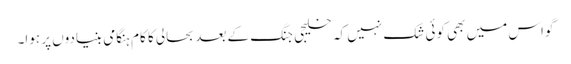
گواس میں بھی کوئی شک نہیں کہ خلیجی جنگ کے بعد بحالی کا کام ہنگامی بنیادوں پر ہوا۔